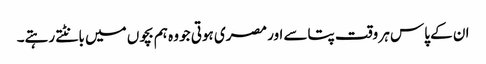
ان کے پاس ہر وقت پتاسے اور مصری ہوتی جو وہ ہم بچوں میں بانٹتے رہتے۔